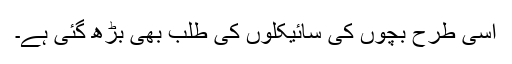
اسی طرح بچوں کی سائیکلوں کی طلب بھی بڑھ گئی ہے۔